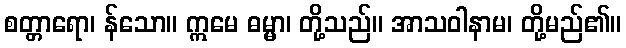
စတ္တာရော၊ န်သော။ ဣမေ ဓမ္မာ၊ တို့သည်။ အာသဝါနာမ၊ တို့မည်၏။